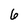
Character: 6